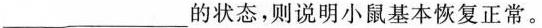
____的状态，则说明小鼠基本恢复正常。